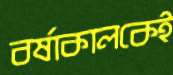
বর্ষাকালকেই